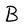
Character: B